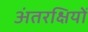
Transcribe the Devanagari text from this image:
अंतरक्षियों